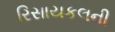
રિસાયકલની